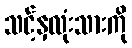
သင့်နှလုံးသားကို